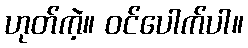
ဟုတ်ကဲ့။ ဝင်ပေါက်ပါ။